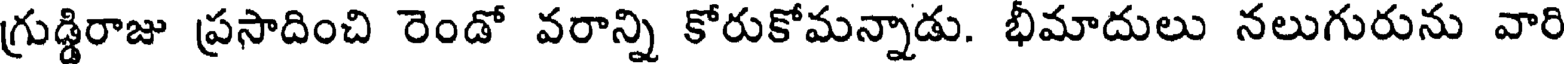
గ్రుడ్డిరాజు ప్రసాదించి రెండో వరాన్ని కోరుకోమన్నాడు. భీమాదులు నలుగురును వారి